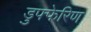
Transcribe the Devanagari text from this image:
डुफ्फेरिण